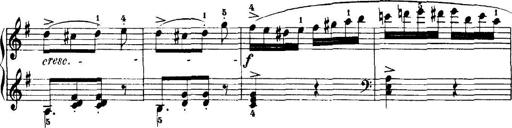
Title: 7 Sonatinas
Composer: Anton Diabelli